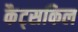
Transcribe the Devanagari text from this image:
कैट्सकिल